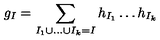
g _ { I } = \sum _ { I _ { 1 } \cup \dots \cup I _ { k } = I } h _ { I _ { 1 } } \dots h _ { I _ { k } } \,